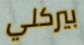
بيركلي